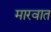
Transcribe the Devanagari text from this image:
मारवात